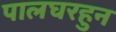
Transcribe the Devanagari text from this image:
पालघरहुन